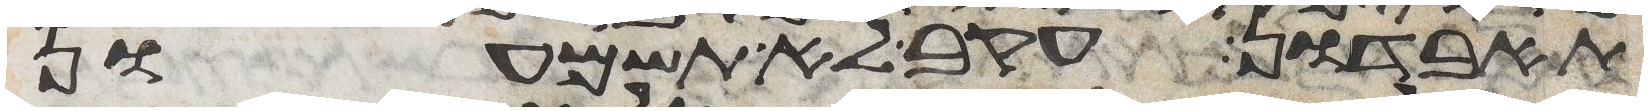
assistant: תאבדון עקב לא תשמעון